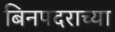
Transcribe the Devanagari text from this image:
बिनपदराच्या